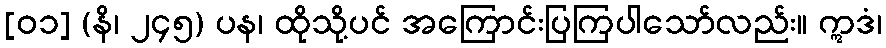
[၀၁] (နိ၊ ၂၄၅) ပန၊ ထိုသို့ပင် အကြောင်းပြကြပါသော်လည်း။ ဣဒံ၊